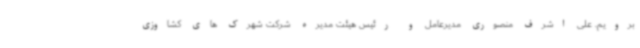
برویم. علی اشرف منصوری مدیرعامل و رئیس هیئت مدیره شرکت شهرک های کشاوزی